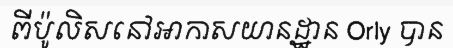
ពីប៉ូលិសនៅអាកាសយានដ្ឋាន Orly បាន